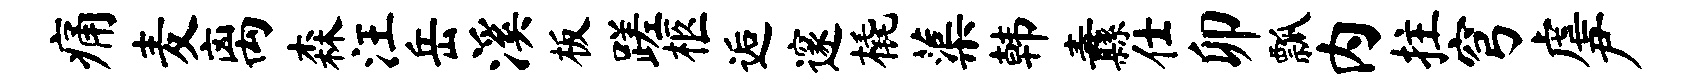
痛麦离森汪岳溪板蹉柩逅邃橇蕖韩纛仕卯瓢内拄穹虐尹